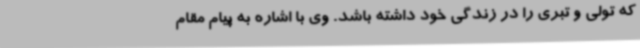
که تولی و تبری را در زندگی خود داشته باشد. وی با اشاره به پیام مقام